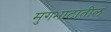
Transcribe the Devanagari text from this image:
मुगभाटातील